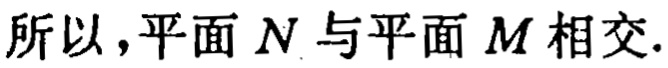
所以，平面 \(N\) 与平面 \(M\) 相交.